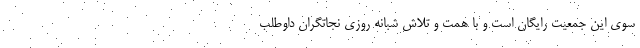
سوی این جمعیت رایگان است و با همت و تلاش شبانه روزی نجاتگران داوطلب